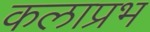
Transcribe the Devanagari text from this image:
कलाप्रभ